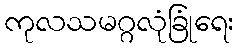
ကုလသမဂ္ဂလုံခြုံရေး